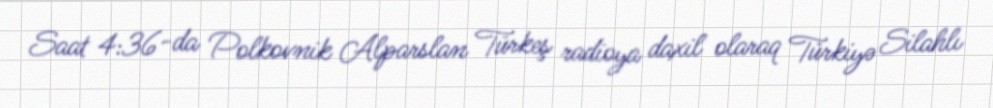
Saat 4:36-da Polkovnik Alparslan Türkeş radioya daxil olaraq Türkiyə Silahlı